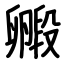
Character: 毈